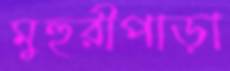
মুহুরীপাড়া